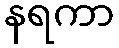
နရကာ